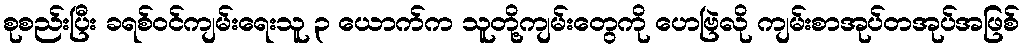
စုစည်းပြီး ခရစ်ဝင်ကျမ်းရေးသူ ၃ ယောက်က သူတို့ကျမ်းတွေကို ဟေဗြဲလို ကျမ်းစာအုပ်တအုပ်အဖြစ်